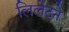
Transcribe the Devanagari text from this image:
लिलेटने